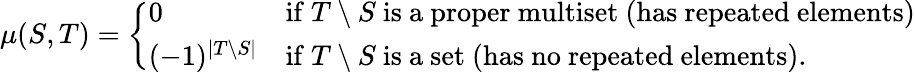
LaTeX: \mu(S,T)={\left\{ \begin{array}{ll}{0}&{{\mathrm{if~}}T\setminus S{\mathrm{~is~a~proper~multiset~(has~repeated~elements)}}}\\ {(-1)^{\left|T\setminus S\right|}}&{{\mathrm{if~}}T\setminus S{\mathrm{~is~a~set~(has~no~repeated~elements)}}.}\end{array}\right.}